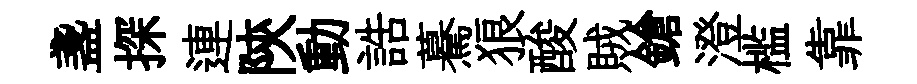
盞探連陝動誥驀狼酸賊鎗澄槛靠